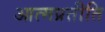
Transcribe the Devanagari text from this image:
आत्मप्रतीति